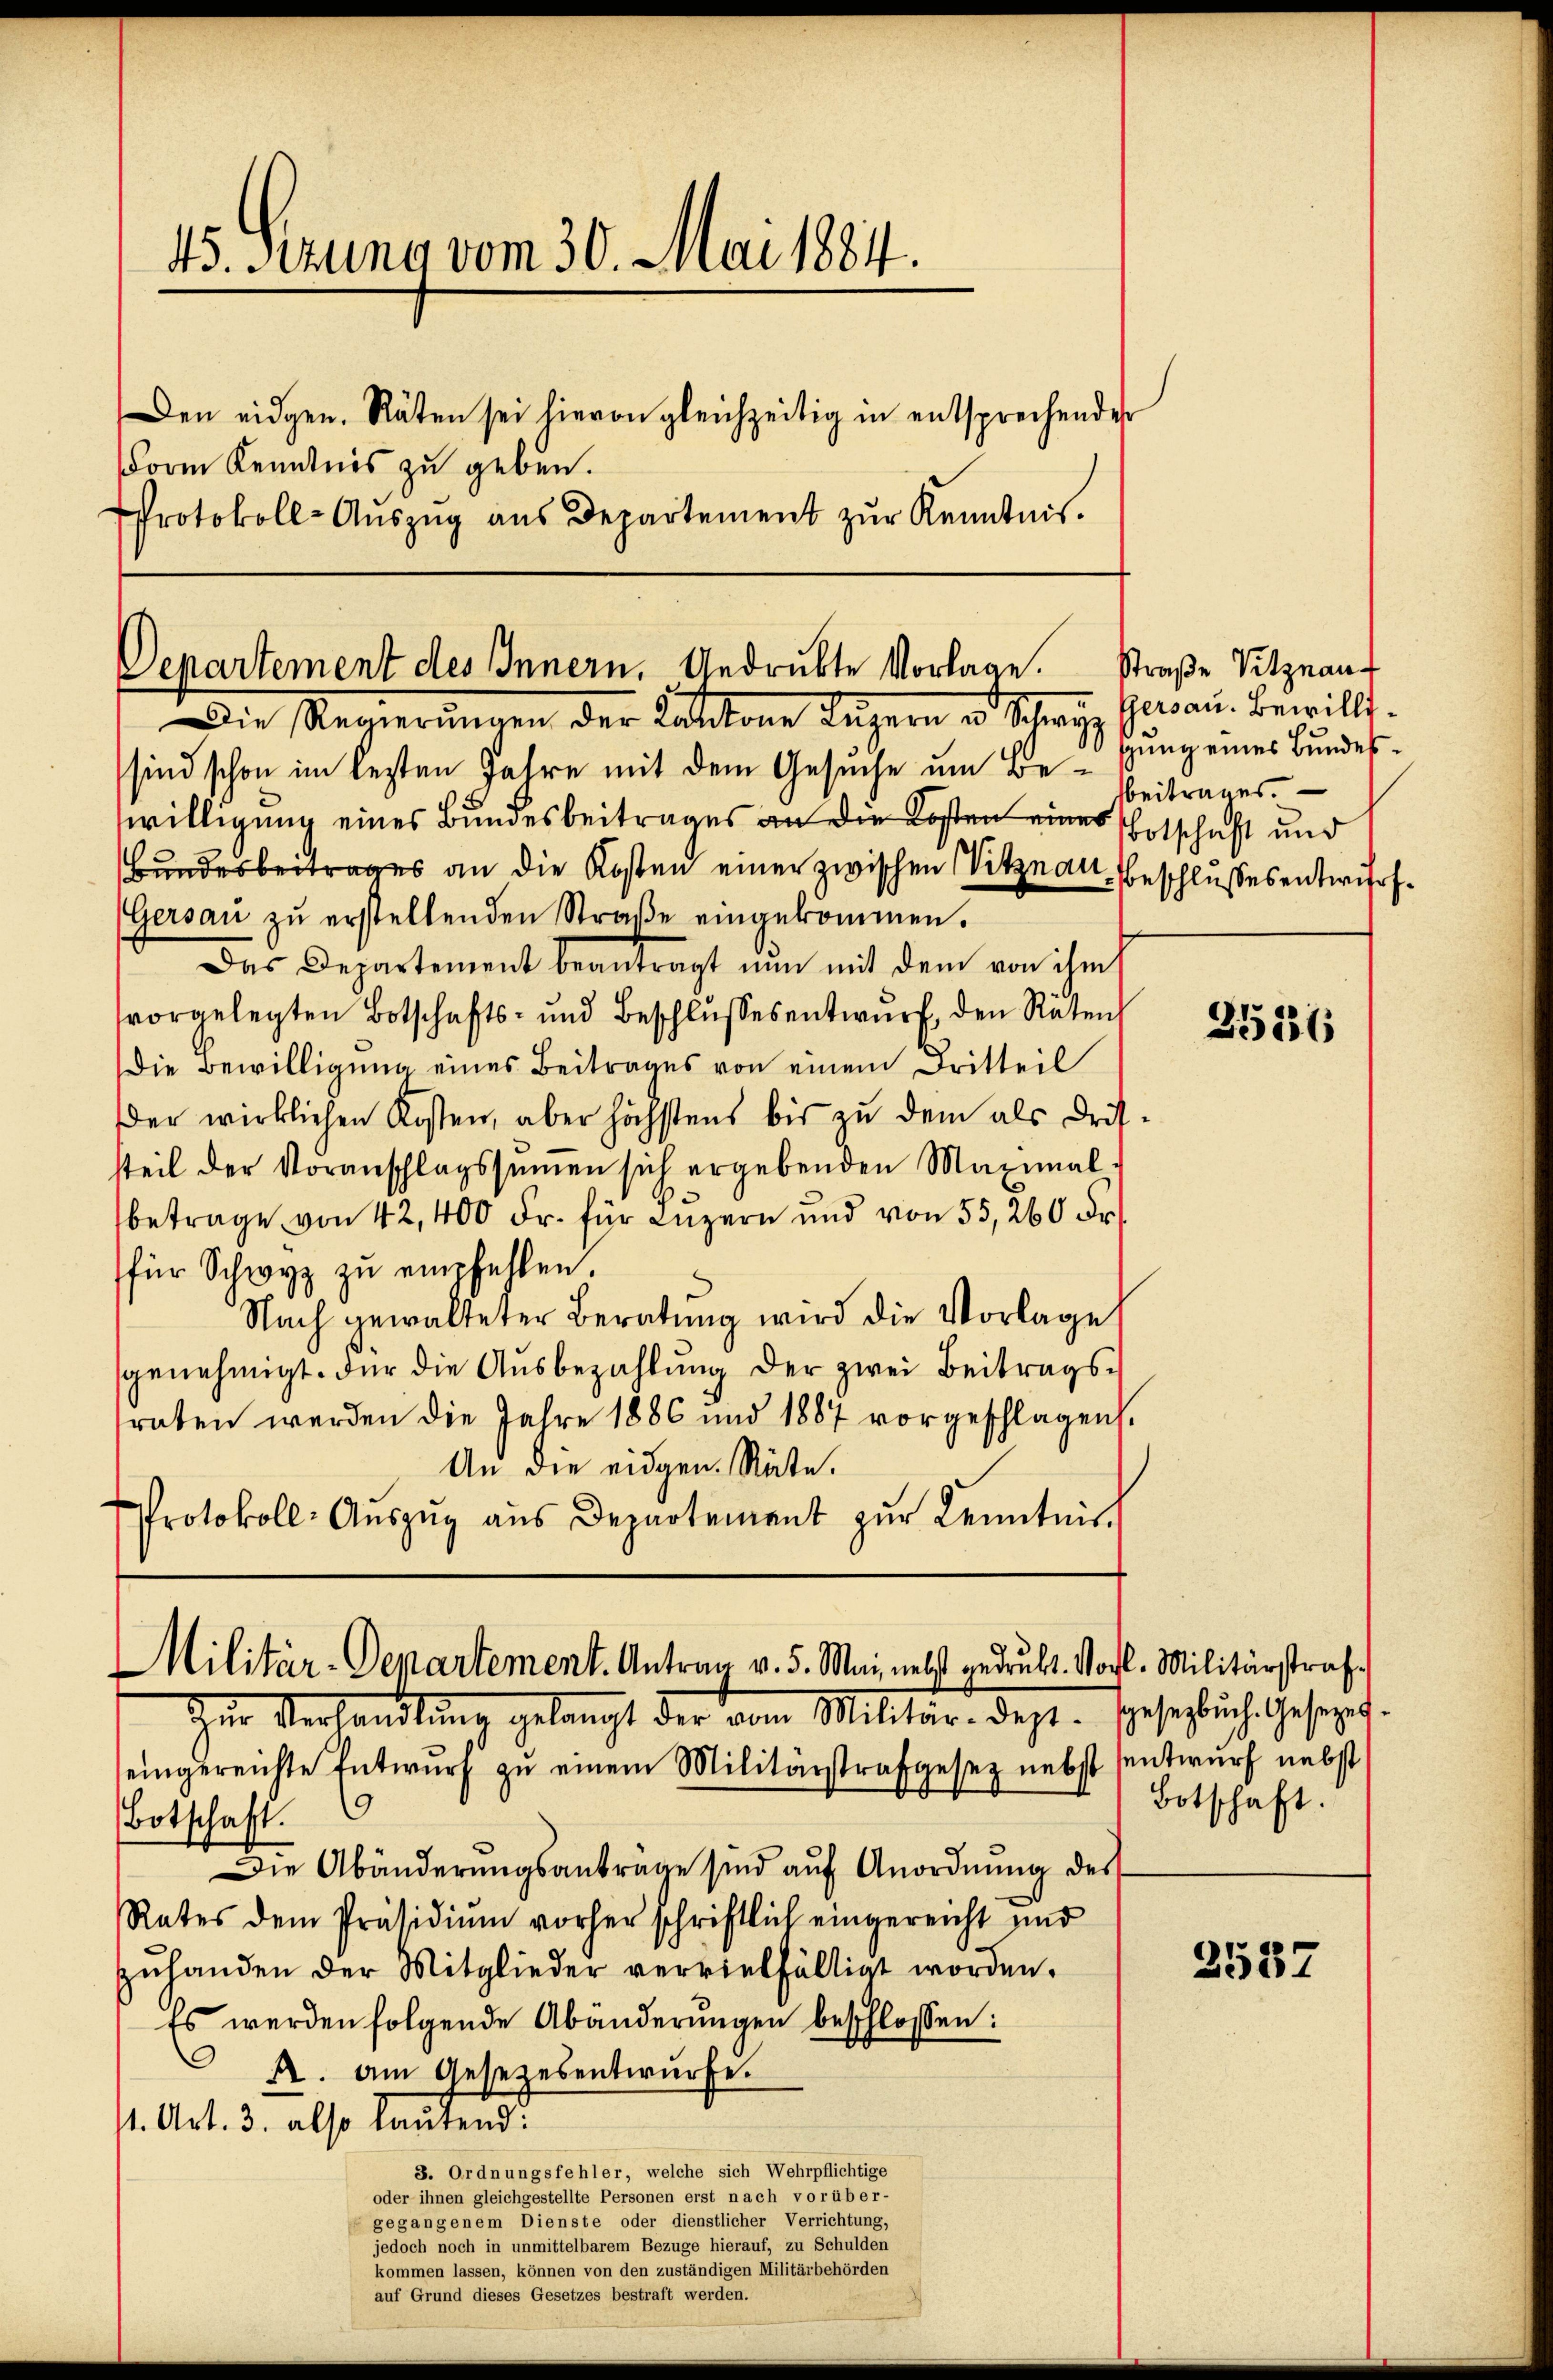
Protokoll-Aŭszŭg aŭs Departement zŭr Kenntnis.

45. Sezung vom 30. Mai 1884.
Den eidgen. Räten sei hievon gleichzeitig in entsprechender
Form Kenntnis zu geben.

Departement des Innern. Andruckte Vorlage.

Militär-Departement. Antrag v. 5. Mai, nebst gedruckt. Vorhl. Militärstraf-

Die Regierŭngen der Latton Lŭzern v. Schwyz
sind schon im lezten Jahre mit dem Gesuche um Bewilligung eines Bundesbeitrages an die Kosten eines Entschaft und
Bundesbeitrages an die Kosten einer zwischen Vitznau, Beschlusses entwurf.
Gersau zŭ erstellenden Straβe eingekommen.
Das Departement beantragt nun mit dem von ihm f
vorgelegten Botschafts- und Beschlŭssesentwŭrf den Räten
Die Bewilligung eines Beitrages von einem Dritteil
der wirklichen Kosten, aber höchstens bis zu dem als Drit-
steil der Voranschlagssummen sich ergebenden Maximal
betrage von 42,400 Fr. für Luzern und von 55, 260 Fr.
für Schwyz zŭ empfehlen.
Nach gewalteter Beratŭng wird die Vorlage
sgenehmigt. Für die Aŭsbezahlŭng der zwei Beitrags-
raten werden die Jahre 1886 und 1887 vorgeschlagen.
An die eidgen. Räte.
Protokoll-Aŭszŭg aŭs Departement zŭr Kenntnis.

Zur Verhandlung gelangt der vom Militär- dest. Gesezlich Gesezt.
eingereichte Entwŭrf zu einem Militärstrafgesetz nebst sentwurf nebst
Botschaft.
Die Abänderŭngsanträge sind aŭf Anordnŭng des
Rates dem Präsidiŭm vorher schriftlich eingereicht und
zuhanden der Mitglieder vervielfälligt worden.
Es werden folgende Abänderungen beschlossen:
 A. am Gesetzesentwurfe.
1. Art. 3. also lautend:
3. Ordnungsfehler, welche sich Wehrpflichtige
oder ihnen gleichgestellte Personen erst nach vorüber-
gegangenem Dienste oder dienstlicher Verrichtung,
jedoch noch in unmittelbarem Bezuge hierauf, zu Schulden
kommen lassen, können von den zuständigen Militärbehörden
auf Grund dieses Gesetzes bestraft werden.

straße Vitznauf
Gersau. Bewilligung eines Bundesbeitrages.

2536

Botschaft.

2537